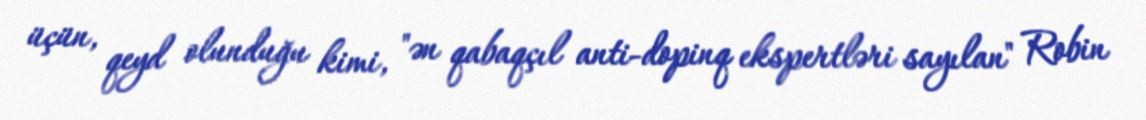
üçün, qeyd olunduğu kimi, "ən qabaqçıl anti-dopinq ekspertləri sayılan" Robin